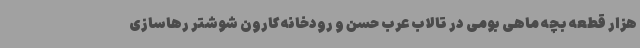
هزار قطعه بچه ماهی بومی در تالاب عرب حسن و رودخانه کارون شوشتر رهاسازی